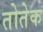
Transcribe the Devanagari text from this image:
तोतेक